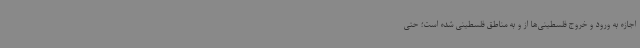
اجازه به ورود و خروج فلسطینی‌ها از و به مناطق فلسطینی شده است؛ حتی